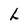
Character: L